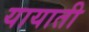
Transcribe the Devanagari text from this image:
यायाती